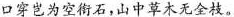
口穿岂为空衔石，山中草木无全枝。